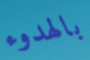
بالهدوء